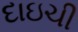
દાઇચી